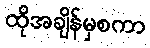
ထိုအချိန်မှစကာ